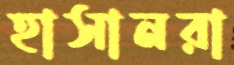
হাসানরা